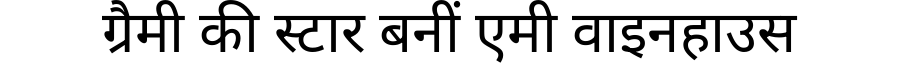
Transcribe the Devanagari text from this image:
ग्रैमी की स्टार बनीं एमी वाइनहाउस